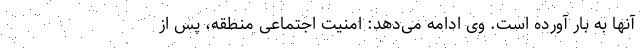
آنها به بار آورده است. وی ادامه می‌دهد: امنیت اجتماعی منطقه، پس از